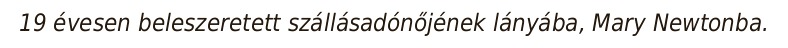
19 évesen beleszeretett szállásadónőjének lányába, Mary Newtonba.